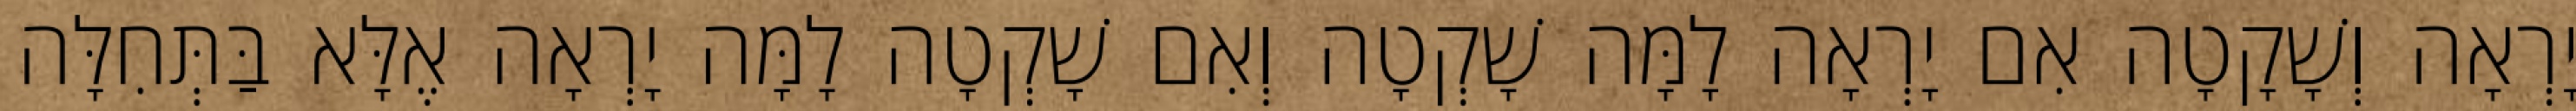
יָרְאָה וְשָׁקָטָה אִם יָרְאָה לָמָּה שָׁקְטָה וְאִם שָׁקְטָה לָמָּה יָרְאָה אֶלָּא בַּתְּחִלָּה